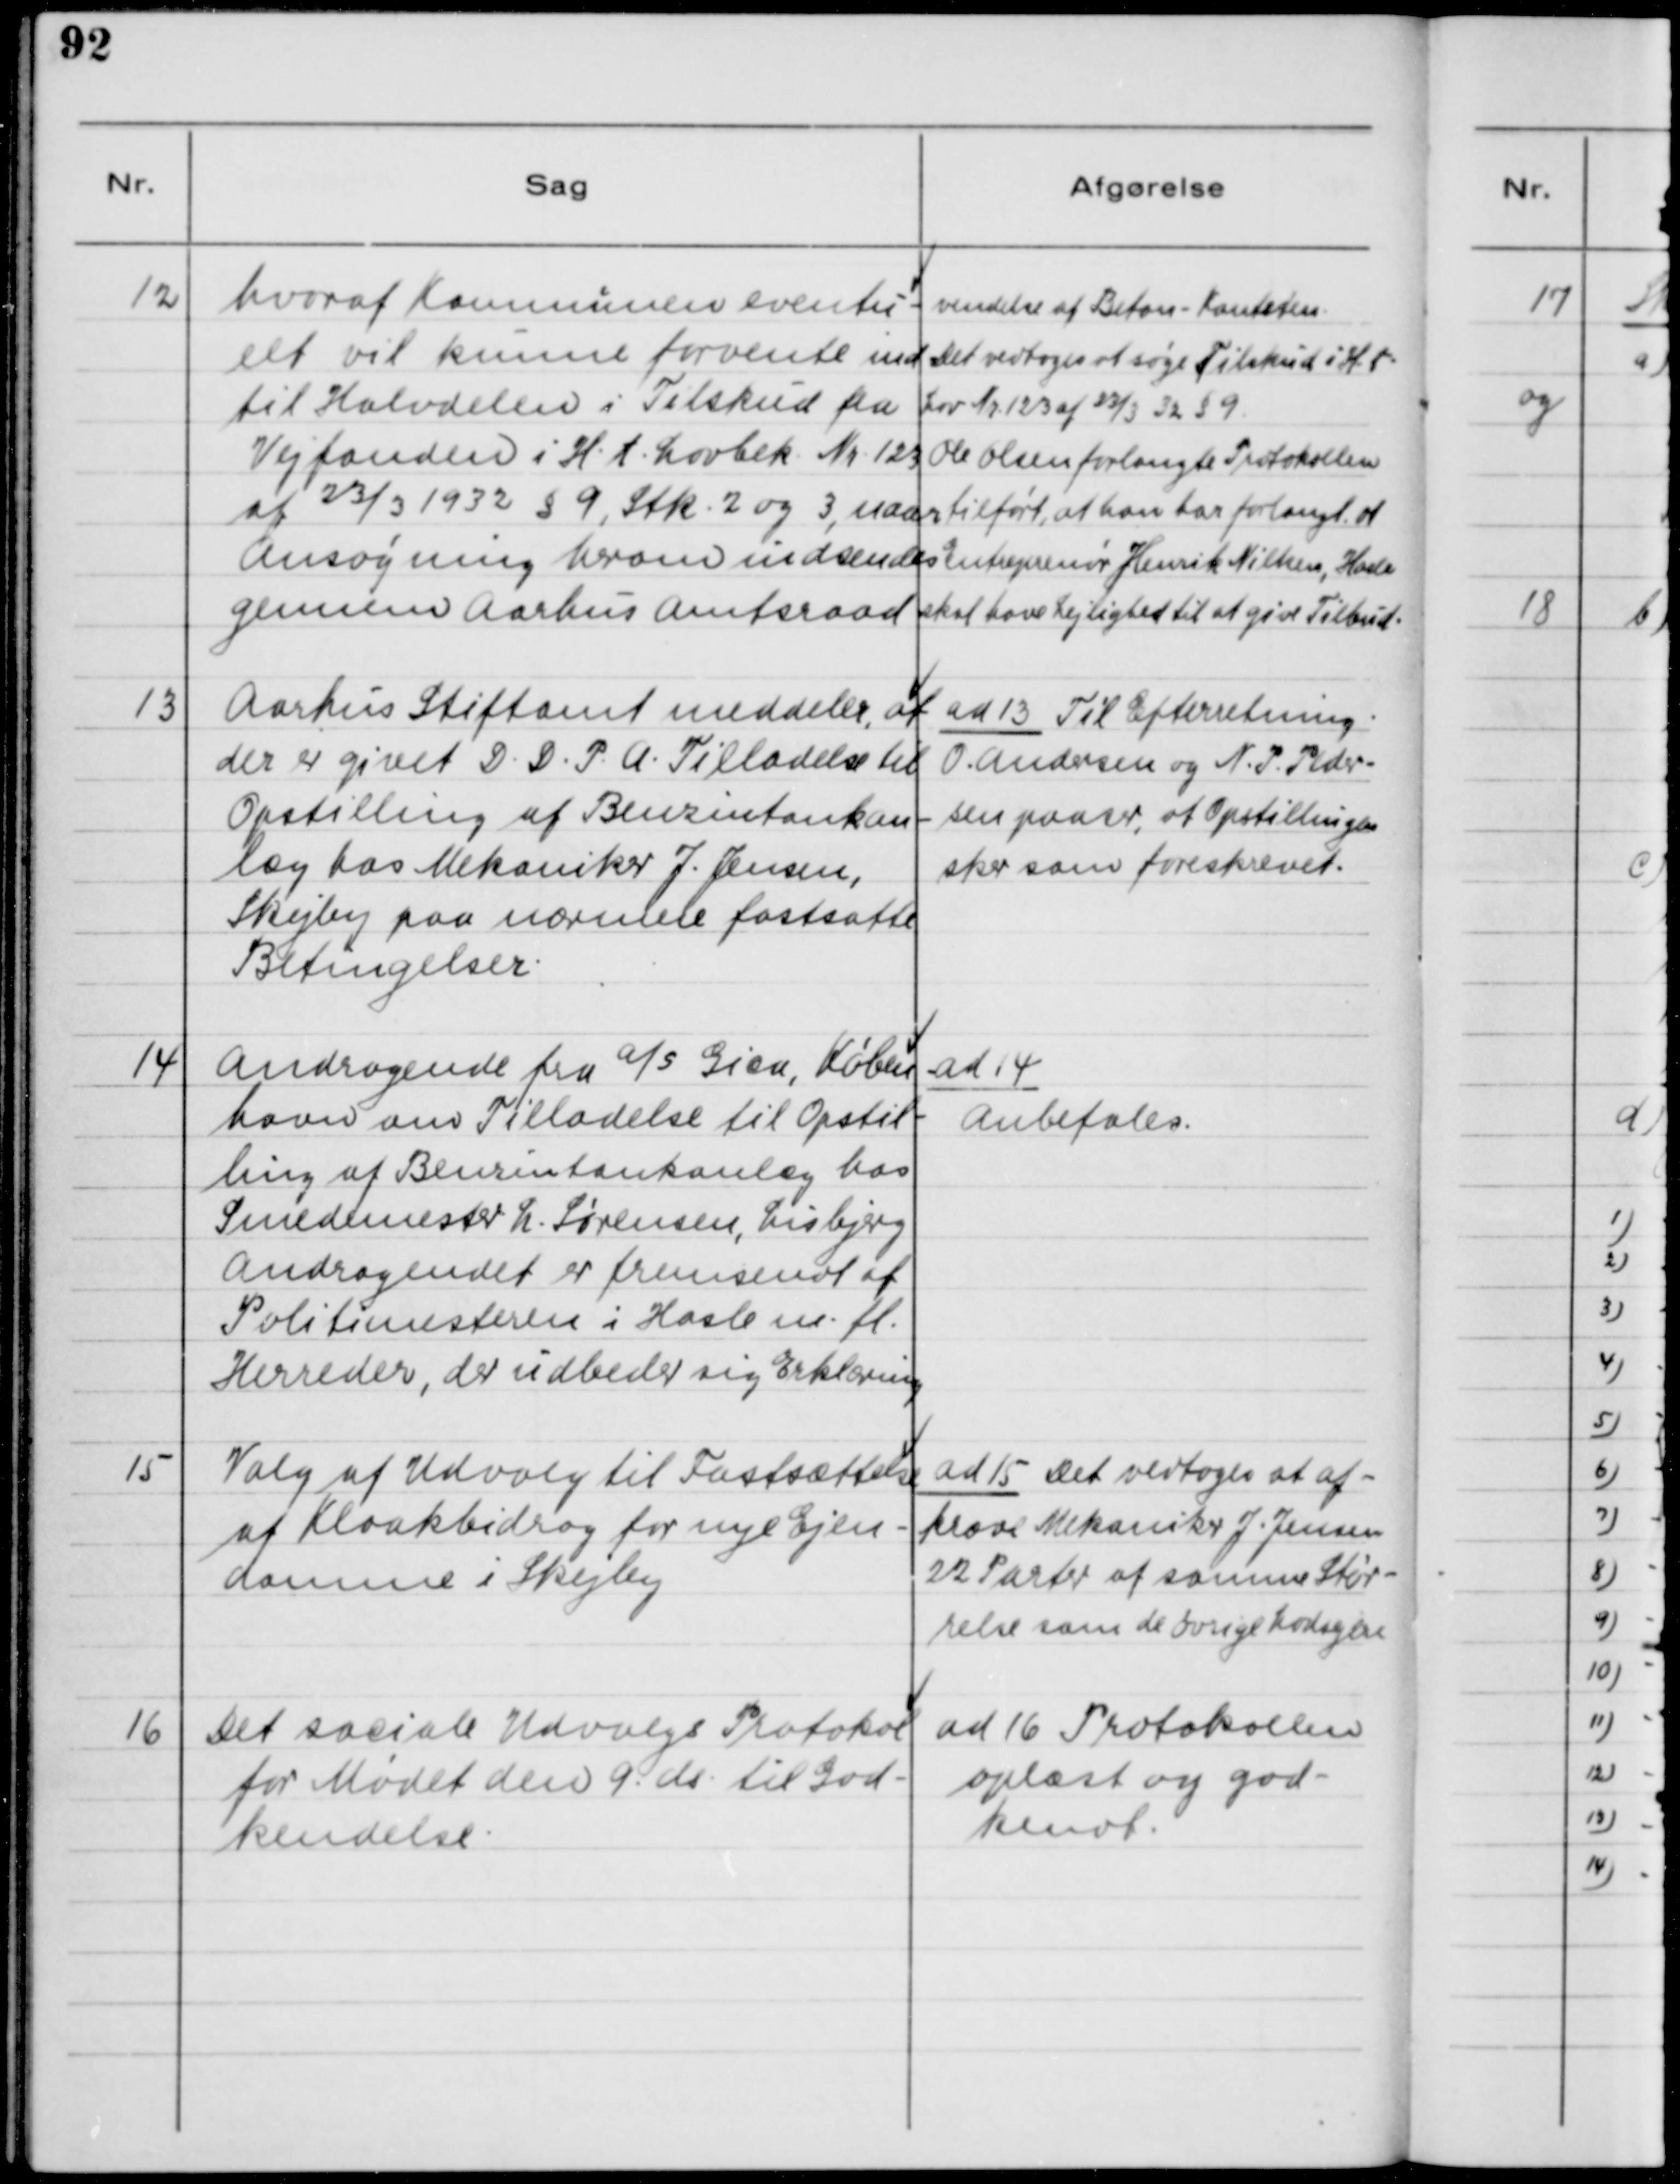
Transskription:
12

hvoraf Kommunen eventu-
elt vil kunne forvente ind-
til Halvdelen i Tilskud fra
Vejfonden i H.t. Lovbek. Nr. 123
af 23/3 1932 §9, Stk. 2 og 3, naar
Ansøgning herom indsendes
gennem Aarhus Amtsraad.

vendelse af Beton-Kantsted.
Det vedtoges at søge Tilskud i H.t.
Lov Nr. 123 af 23/3 32 §9.
Ole Olsen forlangte Protokollen
tilført, at han har forlangt at
Entreprenør Henrik Nielsen, Hasle
skal have Lejlighed til at give Tilbud.

13

Aarhus Stiftsamt meddeler, at
der er givet D.D.P.A. Tilladelse til
Opstilling af Benzintankan-
læg hos Mekaniker J. Jensen,
Skejby paa nærmere fastsatte
Betingelser.

ad 13. Til Efterretning.
O. Andersen og N. P. Peder-
sen paaser, at Opstillingen
sker som foreskrevet.

14

Andragende fra A/S Gica, Køben
havn om Tilladelse til Opstil-
ling af Benzintankanlæg hos
Smedemester L. Sørensen, Lisbjerg.
Andragendet er fremsendt af
Politimesteren i Hasle m.fl. 
Herreder, der udbeder sig Erklæring.

ad 14.
Anbefales

15

Valg af Udvalg til Fastsættelse
af Kloakbidrag for nye Ejen-
domme i Skejby

ad 15 Det vedtoges at af-
kræve Mekaniker J. Jensen
22 Parter af samme Stør-
relse som de øvrige Lodsejere.

16

Det sociale Udvalgs Protokol
for Mødet den 9. ds. til God-
kendelse.

ad 16. Protokollen
oplæst og god-
kendt.